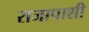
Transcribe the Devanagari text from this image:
राजापाशी